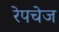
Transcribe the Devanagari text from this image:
रेपचेज